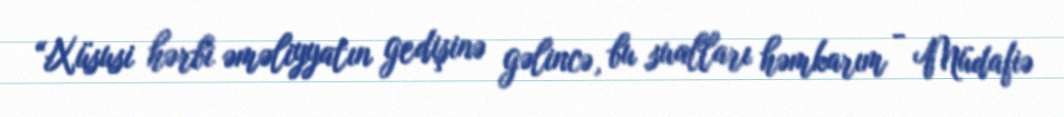
“Xüsusi hərbi əməliyyatın gedişinə gəlincə, bu sualları həmkarım - Müdafiə